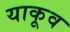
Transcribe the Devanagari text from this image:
याकूव